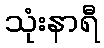
သုံးနာရီ